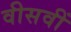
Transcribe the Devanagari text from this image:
वीसवीं